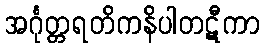
အင်္ဂုတ္တရတိကနိပါတဋီကာ